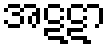
အဋဋာ